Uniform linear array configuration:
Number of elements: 24
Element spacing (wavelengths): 1
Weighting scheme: binomial
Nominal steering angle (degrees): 0
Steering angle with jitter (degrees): -1.47
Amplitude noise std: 0.05
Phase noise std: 0.05

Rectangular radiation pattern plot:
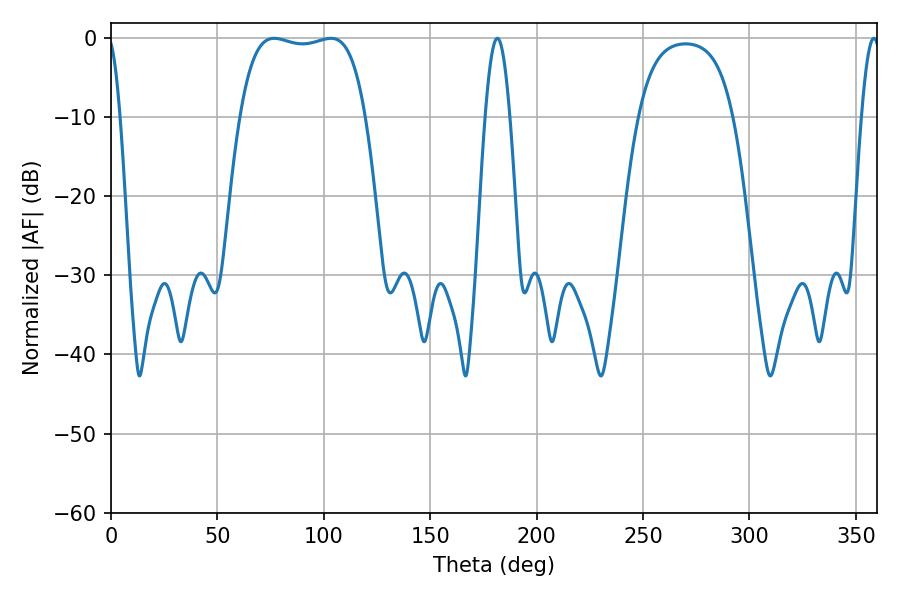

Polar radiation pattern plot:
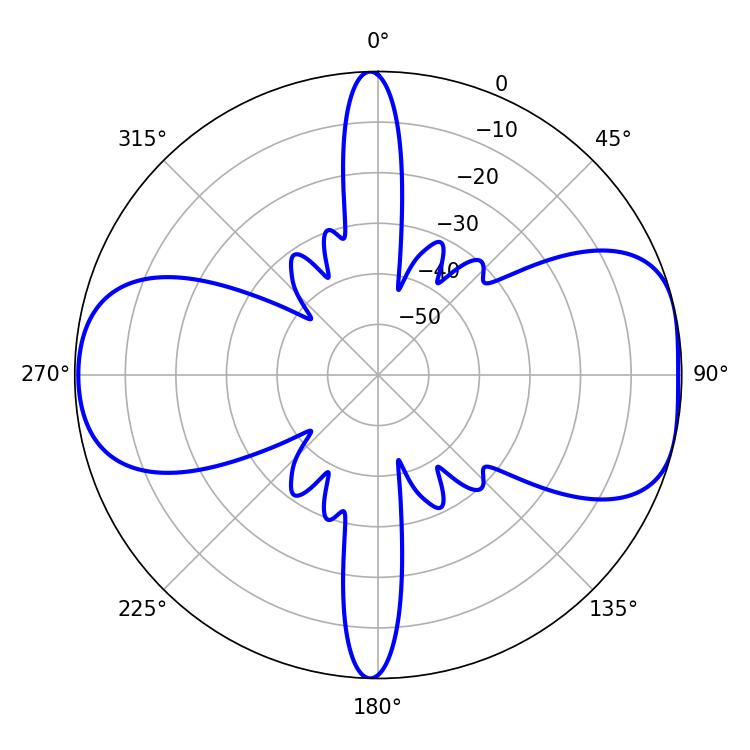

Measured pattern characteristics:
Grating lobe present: TRUE
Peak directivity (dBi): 8.013
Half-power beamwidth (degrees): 46.8
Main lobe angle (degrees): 76.68